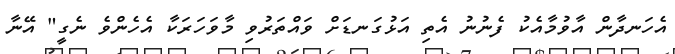
އެހަނދާން އާވުމާއެކު ފެނުނު އެތި އަޅުގަނޑަށް ވައްތަރުވި މާވަހަރަކާ އެހެންވެ ނެގީ" އޭނާ